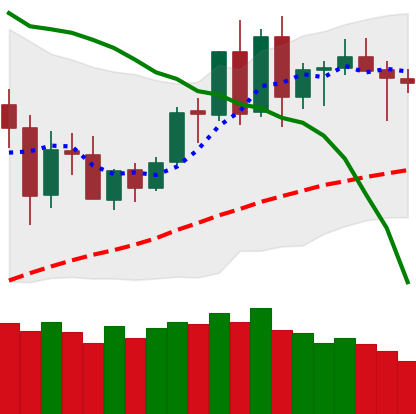
Ticker: BNB-USD
Chart end date: 2020-06-08
Forward return: -3.273%
Label: down_3_5